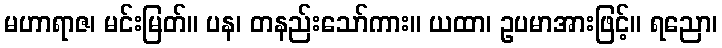
မဟာရာဇ၊ မင်းမြတ်။ ပန၊ တနည်းသော်ကား။ ယထာ၊ ဥပမာအားဖြင့်။ ရညော၊